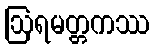
ဩရမတ္တကဿ